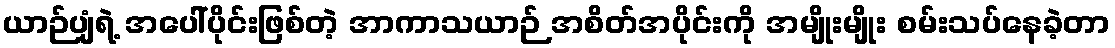
ယာဉ်ပျံရဲ့ အပေါ်ပိုင်းဖြစ်တဲ့ အာကာသယာဉ် အစိတ်အပိုင်းကို အမျိုးမျိုး စမ်းသပ်နေခဲ့တာ